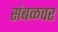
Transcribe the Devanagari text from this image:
संबळवर